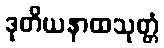
ဒုတိယနာထသုတ္တံ